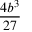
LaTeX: \frac { 4 b ^ { 3 } } { 2 7 }